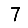
Digit: 7